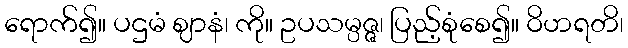
ရောက်၍။ ပဌမံ ဈာနံ၊ ကို။ ဥပသမ္ပဇ္ဇ၊ ပြည့်စုံစေ၍။ ဝိဟရတိ၊